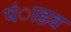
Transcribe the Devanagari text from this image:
पंाडव